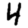
Digit: 4